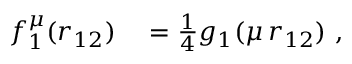
\begin{array} { r l } { f _ { 1 } ^ { \mu } ( r _ { 1 2 } ) } & { { } = \frac { 1 } { 4 } g _ { 1 } ( \mu \, r _ { 1 2 } ) \mathrm { ~ , ~ } } \end{array}